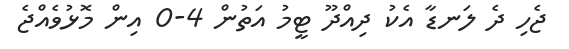
ޖެހި ދެ ލަނޑާ އެކު ދިއްދޫ ޓީމު އަތުން 4-0 އިން މޮޅުވެއްޖެ